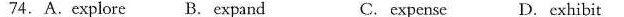
74.A.Explore B.Cxpand C. expense D.Exhibit